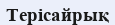
Терісайрық